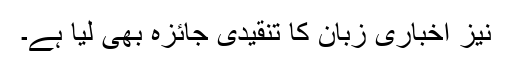
نیز اخباری زبان کا تنقیدی جائزہ بھی لیا ہے۔